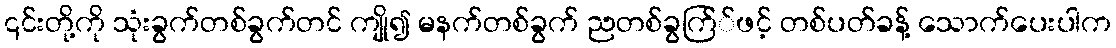
၎င်းတို့ကို သုံးခွက်တစ်ခွက်တင် ကျို၍ မနက်တစ်ခွက် ညတစ်ခွက်ြ်ဖင့် တစ်ပတ်ခန့် သောက်ပေးပါက